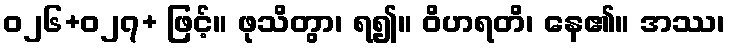
ဝ၂၆+၀၂၇+ ဖြင့်။ ဖုသိတွာ၊ ရ၍။ ဝိဟရတိ၊ နေ၏။ အဿ၊